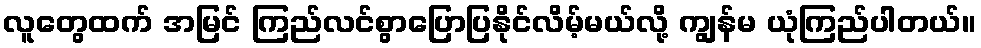
လူတွေထက် အမြင် ကြည်လင်စွာပြောပြနိုင်လိမ့်မယ်လို့ ကျွန်မ ယုံကြည်ပါတယ်။